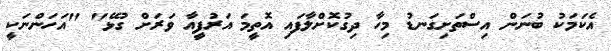
އެކަމަކު ބުނަން އިސްތަށިގަނޑު މިހާ ދިގުކޮށްލާފައި އޮތީމަ އަރުފީއާ ވަރަށް ގުޅޭ" "އަހަންނަކީ